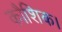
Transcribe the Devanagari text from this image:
कौशिक।